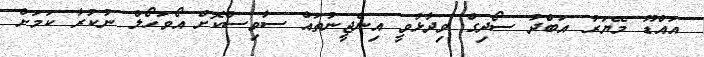
އައްޑޫ މޭޔަރު އަބްދު ސޯދިގް ވިދާޅުވީ އިންޖީނުތައް ސާވިސްކޮށް އޯވަހޯލް ނުކުރާ ކަމަށް